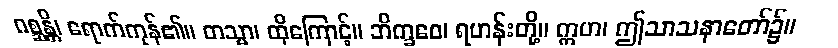
ဂစ္ဆန္တိ၊ ရောက်ကုန်၏။ တသ္မာ၊ ထိုကြောင့်။ ဘိက္ခဝေ၊ ရဟန်းတို့။ ဣဟ၊ ဤသာသနာတော်၌။